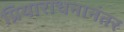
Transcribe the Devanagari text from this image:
प्रियाराधनानंतर